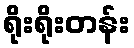
ရိုးရိုးတန်း